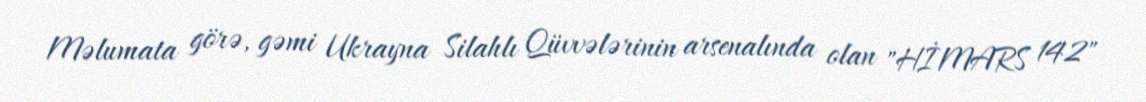
Məlumata görə, gəmi Ukrayna Silahlı Qüvvələrinin arsenalında olan "HİMARS 142"